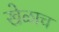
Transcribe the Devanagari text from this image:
खेळाच